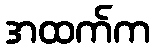
အထက်က